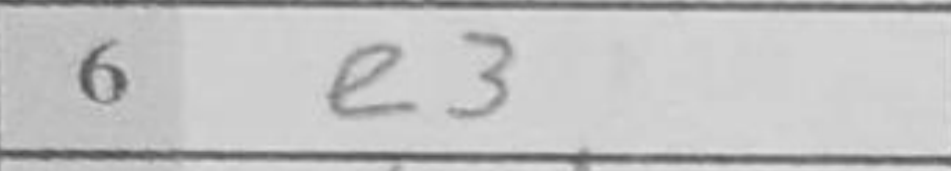
Transcription: e3